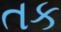
તક